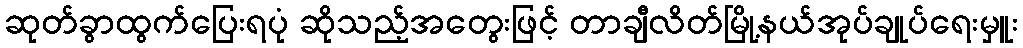
ဆုတ်ခွာထွက်ပြေးရပုံ ဆိုသည့်အတွေးဖြင့် တာချီလိတ်မြို့နယ်အုပ်ချုပ်ရေးမှူး